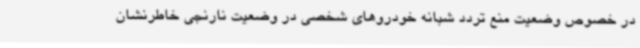
در خصوص وضعیت منع تردد شبانه خودروهای شخصی در وضعیت نارنجی خاطرنشان